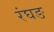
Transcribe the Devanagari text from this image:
रंघङ